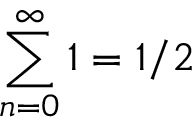
\sum _ { n = 0 } ^ { \infty } 1 = 1 / 2